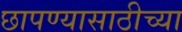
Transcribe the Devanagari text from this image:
छापण्यासाठीच्या